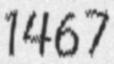
1467